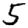
Digit: 5